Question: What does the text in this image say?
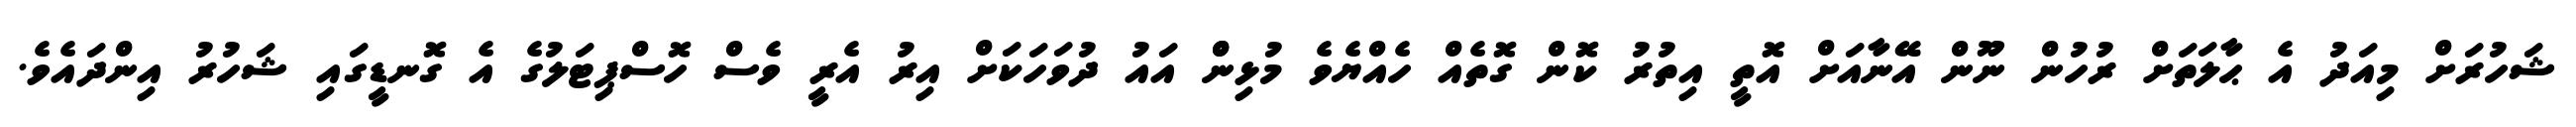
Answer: ޝަހުރަށް މިއަދު އެ ޙާލަތަށް ރުހުން ނޫން އޭނާއަށް އޮތީ އިތުރު ކޮން ގޮތެއް ހެއްޔެވެ މުޅިންް އައު ދުވަހަކަށް އިރު އެރީ ވެސް ހޮސްޕިޓަލުގެ އެ ގޮނޑީގައި ޝަހުރު އިންދައެވެ.